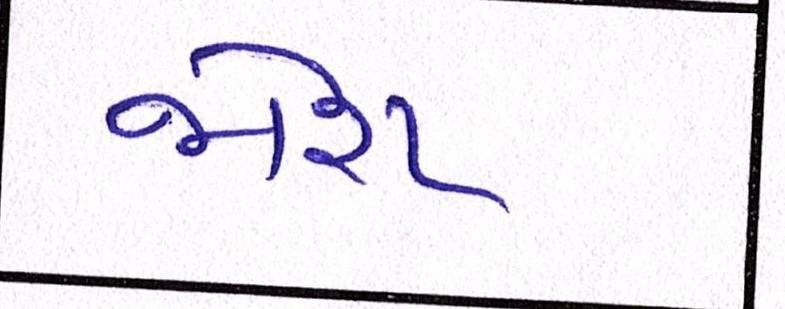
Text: જોશ